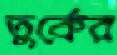
তুর্কের